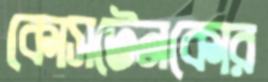
কোসটেনকোর